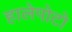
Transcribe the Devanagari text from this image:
हालेपोटो